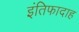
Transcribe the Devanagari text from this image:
इंतिफादाह